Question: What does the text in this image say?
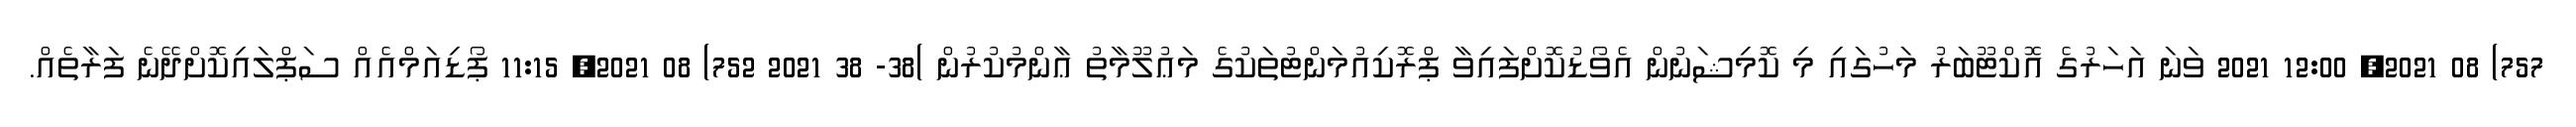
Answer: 757) 08 2021, 12:00 2021 ވަނަ އަހަރުގެ އޮކްޓޫބަރު މަހުގައި މި ކޮމިޝަނުން އެވޯޑުކޮށްފައިވާ ޕްރޮކިއުމަންޓުތަކުގެ މަޢުލޫމާތު ޢާންމުކުރުން )38- 38 2021 752) 08 2021, 11:15 ޕޯޑިއަމްއެއް ސަޕްލައިކޮށްދޭނެ ފަރާތެއް.